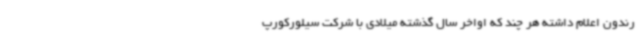
رندون اعلام داشته هر چند که اواخر سال گذشته میلادی با شرکت سیلورکورپ